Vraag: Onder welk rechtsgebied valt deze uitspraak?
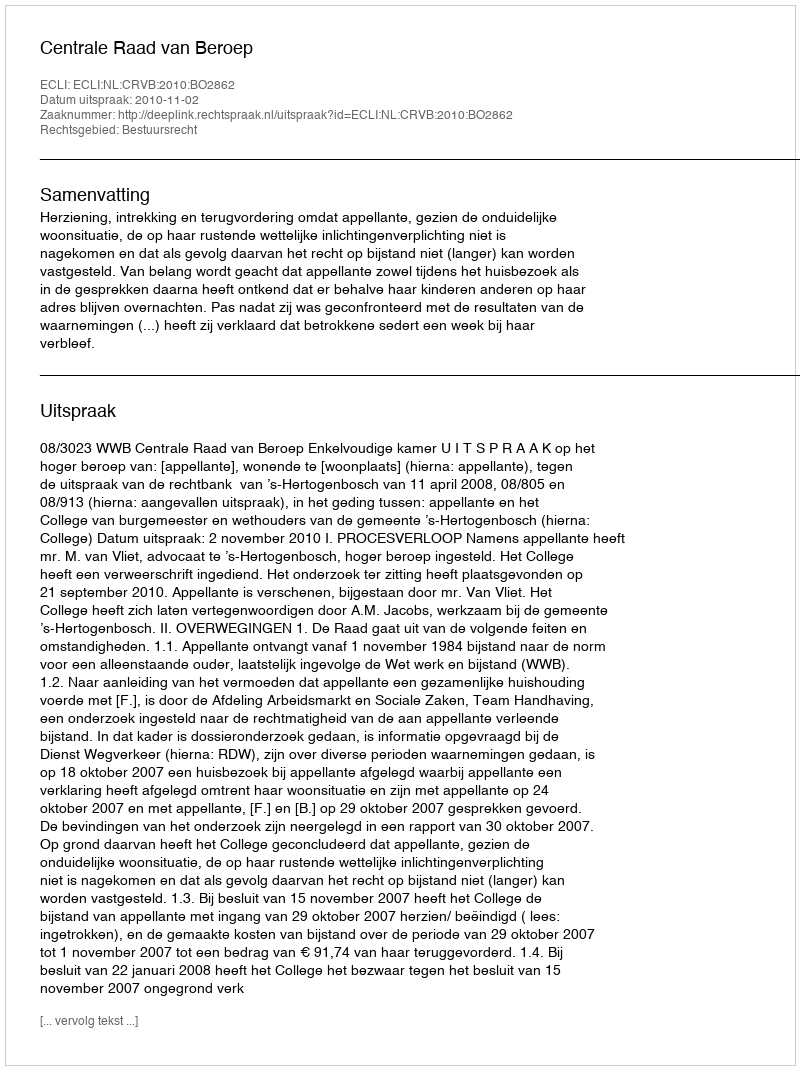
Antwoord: Bestuursrecht